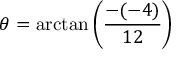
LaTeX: \theta = \arctan \left( { \frac { - ( - 4 ) } { 1 2 } } \right)